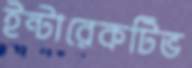
ইন্টারেকটিভ